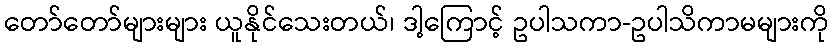
တော်တော်များများ ယူနိုင်သေးတယ်၊ ဒါ့ကြောင့် ဥပါသကာ-ဥပါသိကာမများကို